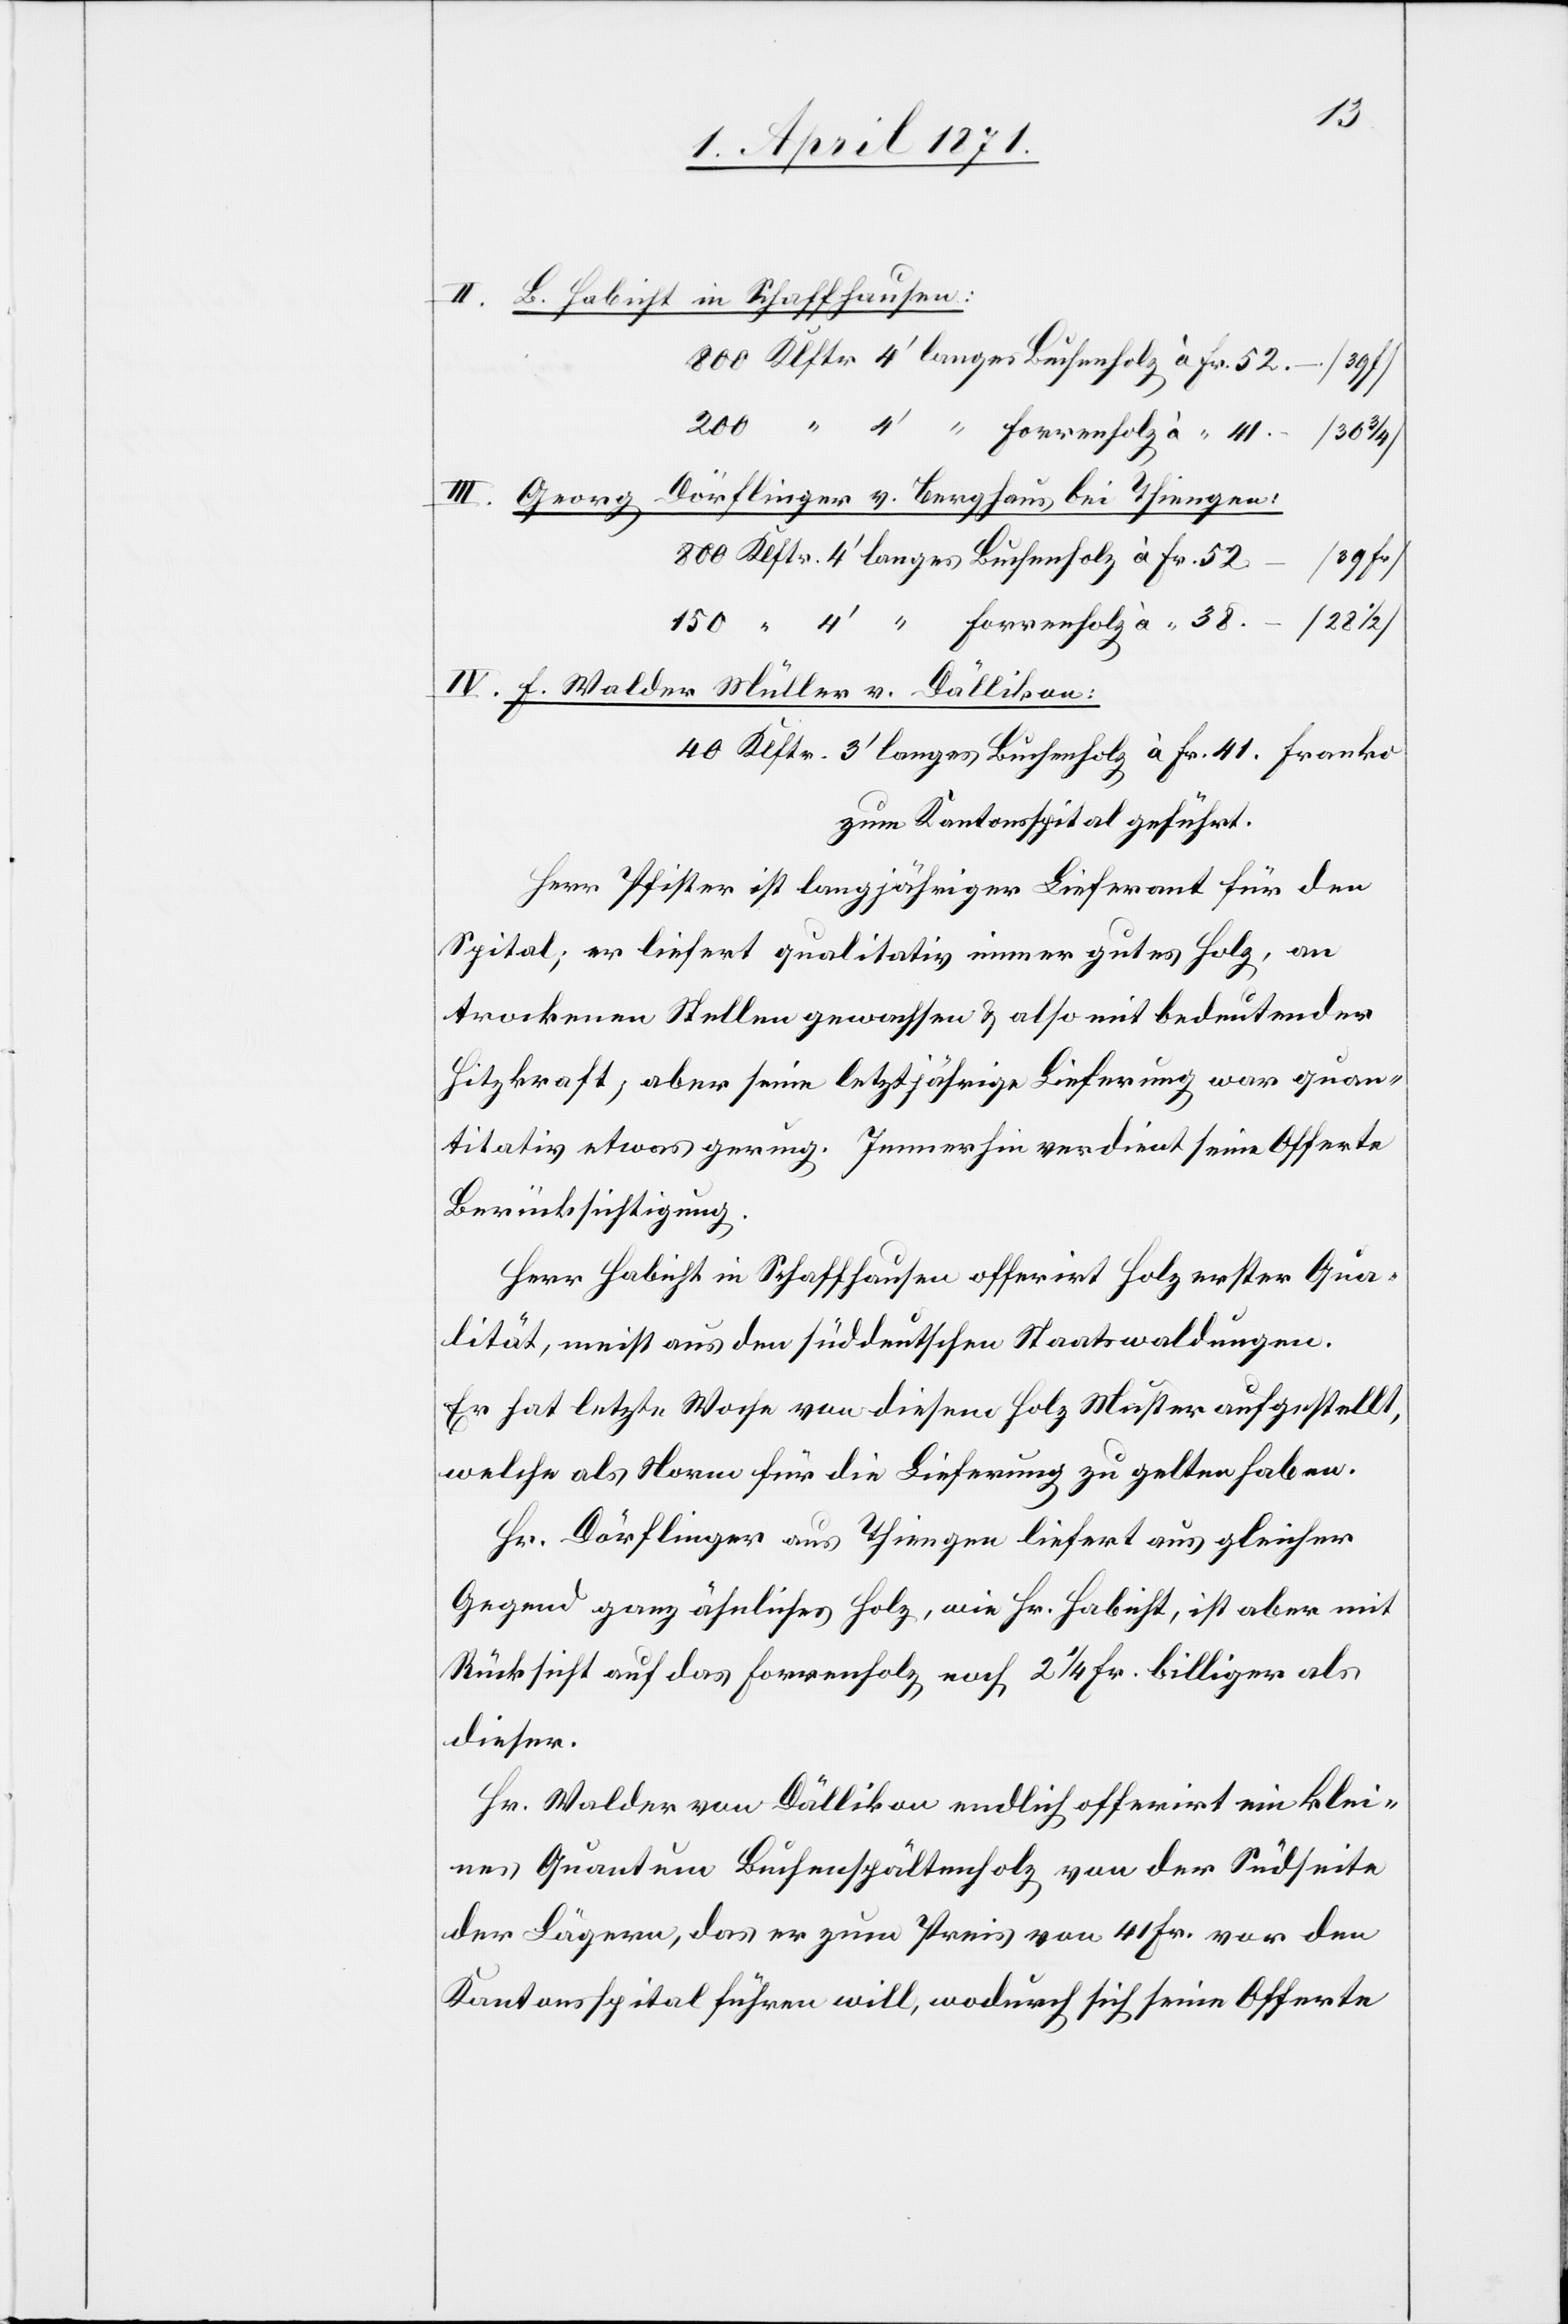
41.
II. B. Habicht in Schaffhausen:
Dörflinger v. Berghaus bei Thiengen:
III. Georg
à Fr.
IV. F. Walder Müller v. Dällikon:
zum Kantonsspital geführt.
Herr Pfister ist langjähriger Lieferant für den
Spital, er liefert qualitativ immer gutes Holz, an
trockenen Stellen gewachsen u. also mit bedeutender
Hitzkraft, aber seine letztjährige Lieferung war quan¬
titativ etwas gering. Immerhin verdient seine Offerte
Berücksichtigung.
Herr Habicht in Schaffhausen offerirt Holz erster Qua¬
lität, meist aus den süddeutschen Staatswaldungen.
Er hat letzte Woche von diesem Holz Muster aufgestellt,
welche als Norm für die Lieferung zu gelten haben.
Hr. Dörflinger aus Thiengen liefert aus gleicher
Gegend ganz ähnliches Holz, wie Hr. Habicht, ist aber mit
Rücksicht auf das Forrenholz noch 2 1/4 Fr. billiger als
dieser.
Hr. Walder von Dällikon endlich offerirt ein klei¬
nes Quantum Buchenspältenholz von der Südseite
der Lägern, das er zum Preis von 41 Fr. vor den
Kantonsspital führen will, wodurch sich seine Offerte